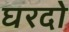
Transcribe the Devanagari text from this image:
घरदो